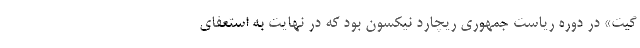
گیت» در دوره ریاست جمهوری ریچارد نیکسون بود که در نهایت به استعفای